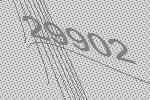
29902